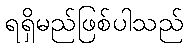
ရရှိမည်ဖြစ်ပါသည်